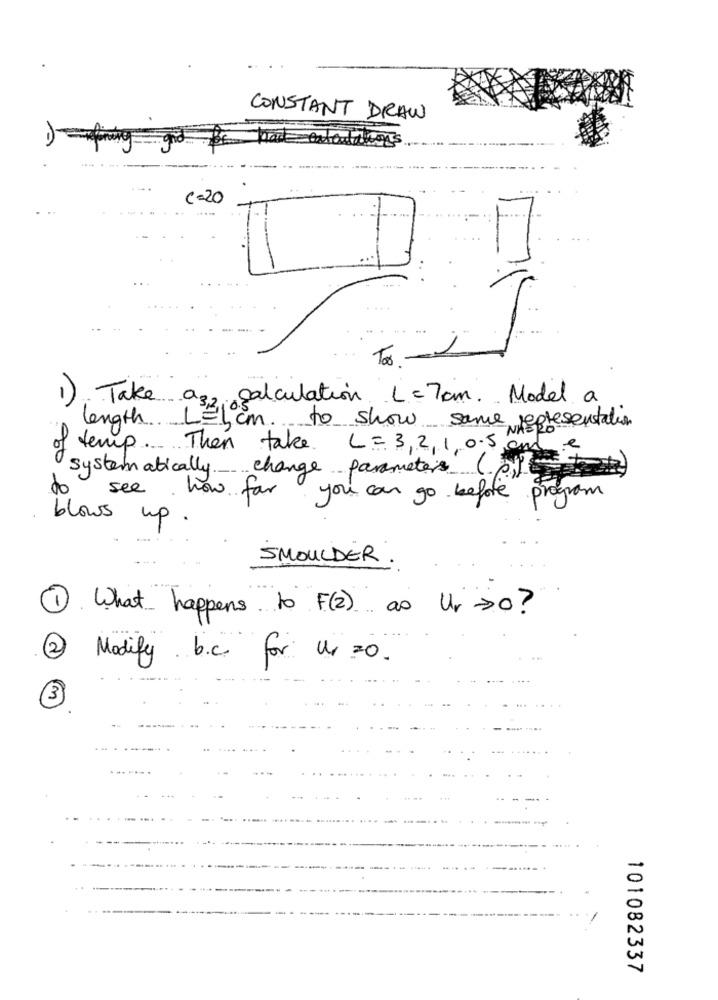
CONSTANT DRAW
C =20
-
To -1
1). Take as
21 calculation L = 7 cm. Model a
length LEIch to show same representation
of temp ...... Then take L = 3,2, 1 0.5 NA
e
systematically change parameters (pl))
see
how for you can go before program
blows
up.
SMOULDER
1. What happens to F(2) as Ur >0?
2)
Modify b.c. for Us =0 .
3
101082337